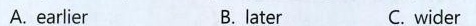
A. earlier B.later C. wider